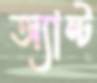
অ্যান্ট